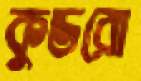
কুডরো